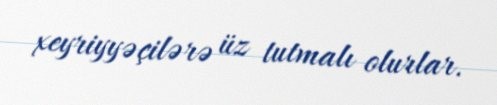
xeyriyyəçilərə üz tutmalı olurlar.